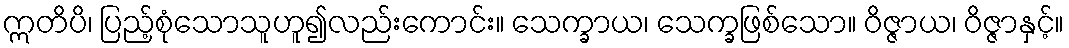
ဣတိပိ၊ ပြည့်စုံသောသူဟူ၍လည်းကောင်း။ သေက္ခာယ၊ သေက္ခဖြစ်သော။ ဝိဇ္ဇာယ၊ ဝိဇ္ဇာနှင့်။